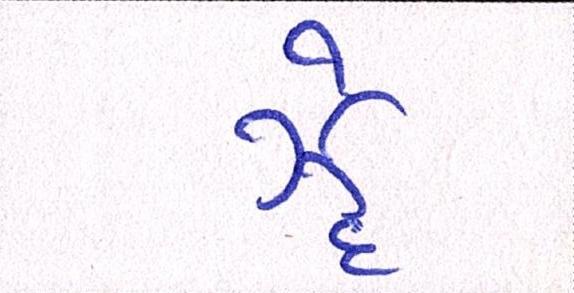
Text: ઝેૄ